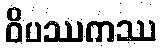
ဝိပဿကဿ